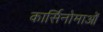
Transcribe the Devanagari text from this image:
कार्सिनोमाओं